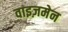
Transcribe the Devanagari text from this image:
वाइज़मेन